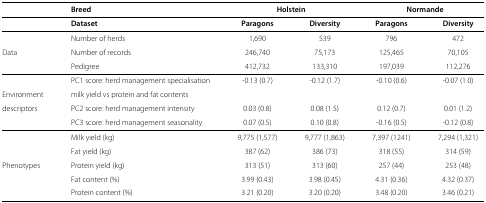
<table><thead><tr><td><b> </b></td><td><b>Breed</b></td><td colspan="2"><b>Holstein</b></td><td colspan="2"><b>Normande</b></td></tr><tr><td><b> </b></td><td><b>Dataset</b></td><td><b>Paragons</b></td><td><b>Diversity</b></td><td><b>Paragons</b></td><td><b>Diversity</b></td></tr></thead><tbody><tr><td> </td><td>Number of herds</td><td>1,690</td><td>539</td><td>796</td><td>472</td></tr><tr><td>Data</td><td>Number of records</td><td>246,740</td><td>75,173</td><td>125,465</td><td>70,105</td></tr><tr><td> </td><td>Pedigree</td><td>412,732</td><td>133,310</td><td>197,039</td><td>112,276</td></tr><tr><td> </td><td>PC1 score: herd management specialisation</td><td>-0.13 (0.7)</td><td>-0.12 (1.7)</td><td>-0.10 (0.6)</td><td>-0.07 (1.0)</td></tr><tr><td>Environment</td><td>milk yield vs protein and fat contents</td><td> </td><td> </td><td> </td><td> </td></tr><tr><td>descriptors</td><td>PC2 score: herd management intensity</td><td>0.03 (0.8)</td><td>0.08 (1.5)</td><td>0.12 (0.7)</td><td>0.01 (1.2)</td></tr><tr><td> </td><td>PC3 score: herd management seasonality</td><td>0.07 (0.5)</td><td>0.10 (0.8)</td><td>-0.16 (0.5)</td><td>-0.12 (0.8)</td></tr><tr><td> </td><td>Milk yield (kg)</td><td>9,775 (1,577)</td><td>9,777 (1,863)</td><td>7,397 (1241)</td><td>7,294 (1,321)</td></tr><tr><td> </td><td>Fat yield (kg)</td><td>387 (62)</td><td>386 (73)</td><td>318 (55)</td><td>314 (59)</td></tr><tr><td>Phenotypes</td><td>Protein yield (kg)</td><td>313 (51)</td><td>313 (60)</td><td>257 (44)</td><td>253 (48)</td></tr><tr><td> </td><td>Fat content (%)</td><td>3.99 (0.43)</td><td>3.98 (0.45)</td><td>4.31 (0.36)</td><td>4.32 (0.37)</td></tr><tr><td> </td><td>Protein content (%)</td><td>3.21 (0.20)</td><td>3.20 (0.20)</td><td>3.48 (0.20)</td><td>3.46 (0.21)</td></tr></tbody></table>